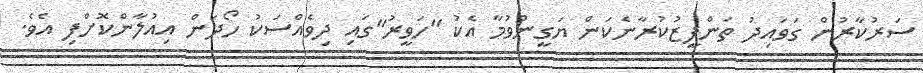
ސަރުކާރުން ގަވައިދު ތަންފީޒުކުރާނެކަން ޔަގީންވުމާ އެކު "ހަވީރު"ގައި ދިވެއްސަކު ހޯދަން އިއުލާންކޮށްފި އެވެ.